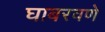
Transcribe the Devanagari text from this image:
घाबरवणे